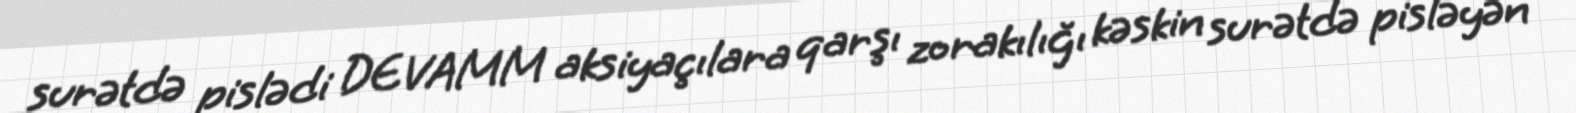
surətdə pislədi DEVAMM aksiyaçılara qarşı zorakılığı kəskin surətdə pisləyən